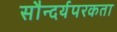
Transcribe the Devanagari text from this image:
सौन्दर्यपरकता